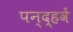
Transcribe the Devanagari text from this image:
पन्द़्हवें